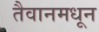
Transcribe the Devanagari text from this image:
तैवानमधून